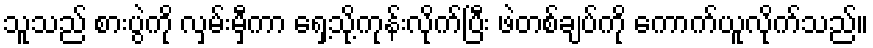
သူသည် စားပွဲကို လှမ်းမှီကာ ရှေ့သို့ကုန်းလိုက်ပြီး ဖဲတစ်ချပ်ကို ကောက်ယူလိုက်သည်။